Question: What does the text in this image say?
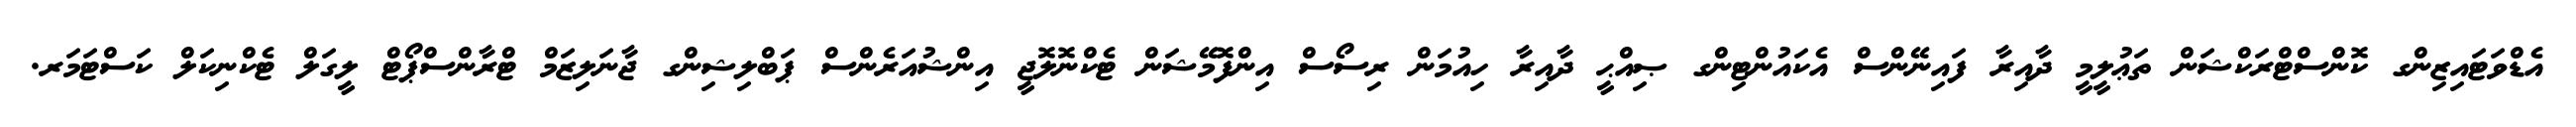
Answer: އެޑްވަޓައިޒިންގ ކޮންސްޓްރަކްޝަން ތަޢުލީމީ ދާއިރާ ފައިނޭންސް އެކައުންޓިންގ ޞިއްޙީ ދާއިރާ ހިއުމަން ރިސޯސް އިންފޮމޭޝަން ޓެކްނޮލޮޖީ އިންޝުއަރެންސް ޕަބްލިޝިންގ ޖާނަލިޒަމް ޓްރާންސްޕޯޓް ލީގަލް ޓެކްނިކަލް ކަސްޓަމަރ.